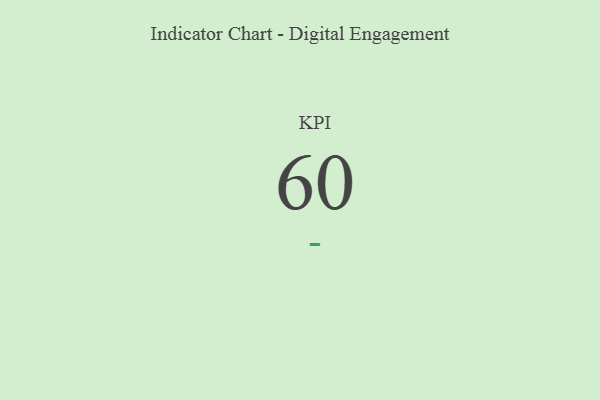
{"axis": {"x": "KPI", "y": "Value"}, "legend": [""], "data": [{"x": "KPI", "y": 60, "type": ""}]}